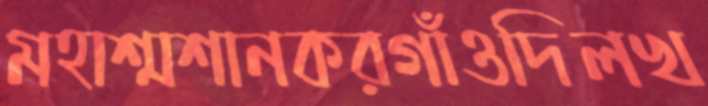
মহাশ্মশানকরগাঁওদিলখ